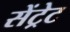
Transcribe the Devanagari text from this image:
सेंट्रेट